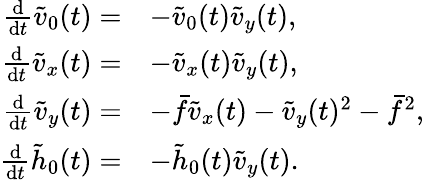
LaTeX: \begin{array}{rl}{\frac{\mathrm{d}}{\mathrm{d}t}\tilde{v}_{0}(t)=}&{-\tilde{v}_{0}(t)\tilde{v}_{y}(t),}\\ {\frac{\mathrm{d}}{\mathrm{d}t}\tilde{v}_{x}(t)=}&{-\tilde{v}_{x}(t)\tilde{v}_{y}(t),}\\ {\frac{\mathrm{d}}{\mathrm{d}t}\tilde{v}_{y}(t)=}&{-\bar{f}\tilde{v}_{x}(t)-\tilde{v}_{y}(t)^{2}-\bar{f}^{2},}\\ {\frac{\mathrm{d}}{\mathrm{d}t}\tilde{h}_{0}(t)=}&{-\tilde{h}_{0}(t)\tilde{v}_{y}(t).}\end{array}